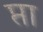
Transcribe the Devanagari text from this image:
प्ता